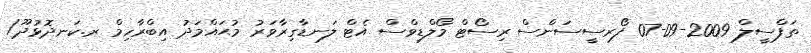
ތަފްސީލް 2009-09-07 ފޯރސީސަންސް ރިސޯޓް މޯލްޑިވްސް އެޓް ލަނޑާގިރާވަރު މުޙައްމަދު އިބްރާހިމް ރ.ކަނދޮޅުދޫ/